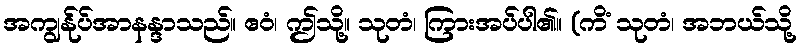
အကျွန်ုပ်အာနန္ဒာသည်။ ဧဝံ၊ ဤသို့။ သုတံ၊ ကြားအပ်ပါ၏။ (ကိံ သုတံ၊ အဘယ်သို့